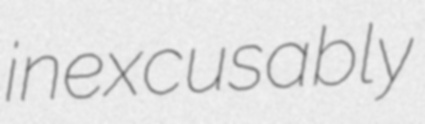
inexcusably